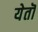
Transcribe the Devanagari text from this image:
येतॊ